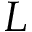
L